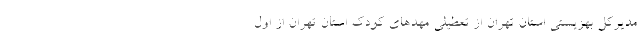
مدیرکل بهزیستی استان تهران از تعطیلی مهدهای کودک استان تهران از اول